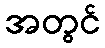
အတွင်